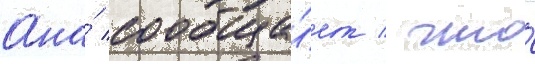
Она́ сообща́ет / что́